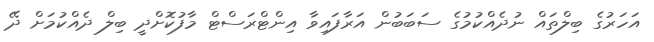
އަހަރުގެ ބިލްތައް ނުދެއްކުމުގެ ސަބަބުން އަރާފައިވާ އިންޓްރަސްޓް މާފުކޮށްދީ ބިލް ދެއްކުމަށް ދޭ